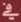
في